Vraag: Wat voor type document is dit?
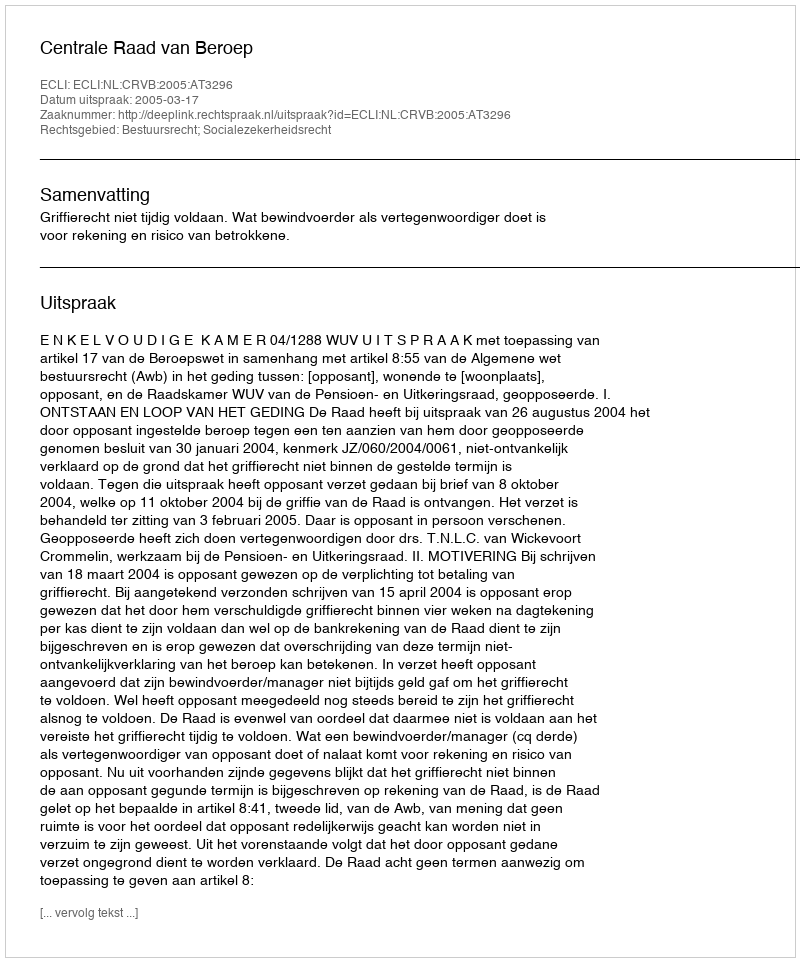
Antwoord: Uitspraak